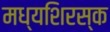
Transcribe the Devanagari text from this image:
मध्यशिरस्क